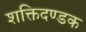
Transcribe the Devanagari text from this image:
शक्तिदण्डक